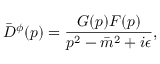
{ \bar { D } } ^ { \phi } ( p ) = \frac { { \cal G } ( p ) { \cal F } ( p ) } { p ^ { 2 } - { \bar { m } } ^ { 2 } + i \epsilon } ,